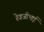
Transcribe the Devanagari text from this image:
रेवजीभाई